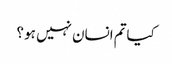
کیاتم انسان نہیں ہو ؟